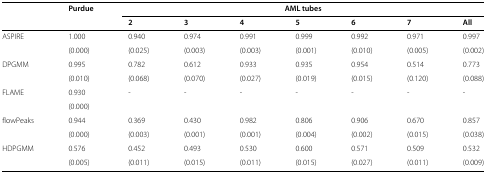
|  | Purdue | <COLSPAN=7> AML tubes |
 |  |  | 2 | 3 | 4 | 5 | 6 | 7 | All |
 | --- | --- | --- | --- | --- | --- | --- | --- | --- |
 | ASPIRE | 1.000 | 0.940 | 0.974 | 0.991 | 0.999 | 0.992 | 0.971 | 0.997 |
 |  | (0.000) | (0.025) | (0.003) | (0.003) | (0.001) | (0.010) | (0.005) | (0.002) |
 | DPGMM | 0.995 | 0.782 | 0.612 | 0.933 | 0.935 | 0.954 | 0.514 | 0.773 |
 |  | (0.010) | (0.068) | (0.070) | (0.027) | (0.019) | (0.015) | (0.120) | (0.088) |
 | FLAME | 0.930 | - | - | - | - | - | - | - |
 |  | (0.000) |  |  |  |  |  |  |  |
 | flowPeaks | 0.944 | 0.369 | 0.430 | 0.982 | 0.806 | 0.906 | 0.670 | 0.857 |
 |  | (0.000) | (0.003) | (0.001) | (0.001) | (0.004) | (0.002) | (0.015) | (0.038) |
 | HDPGMM | 0.576 | 0.452 | 0.493 | 0.530 | 0.600 | 0.571 | 0.509 | 0.532 |
 |  | (0.005) | (0.011) | (0.015) | (0.011) | (0.015) | (0.027) | (0.011) | (0.009) |